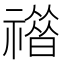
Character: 𥛾